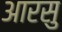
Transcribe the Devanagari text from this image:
आरसु